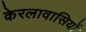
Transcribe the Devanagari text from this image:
केरलावासियों